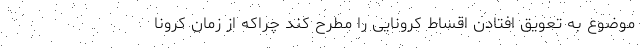
موضوع به تعویق افتادن اقساط کرونایی را مطرح کند چراکه از زمان کرونا